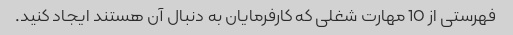
فهرستی از 10 مهارت شغلی که کارفرمایان به دنبال آن هستند ایجاد کنید.